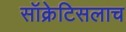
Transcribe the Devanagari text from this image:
सॉक्रेटिसलाच